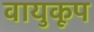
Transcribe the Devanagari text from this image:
वायुकूप